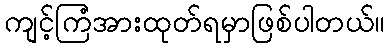
ကျင့်ကြံအားထုတ်ရမှာဖြစ်ပါတယ်။